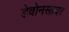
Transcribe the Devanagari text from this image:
डेवोनसायर